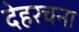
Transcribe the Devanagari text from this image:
देहरचना